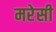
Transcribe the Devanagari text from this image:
मरेसी